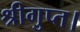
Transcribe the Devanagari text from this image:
श्रीगुप्त।